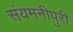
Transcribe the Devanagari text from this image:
संयमनीपुरी